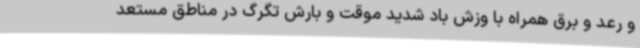
و رعد و برق همراه با وزش باد شدید موقت و بارش تگرگ در مناطق مستعد